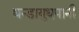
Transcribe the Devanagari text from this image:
धन्डायुधपानी